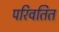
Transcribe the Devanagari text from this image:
परिवतित